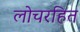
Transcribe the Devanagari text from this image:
लोचरहित